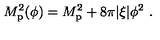
M _ { \mathrm { p } } ^ { 2 } ( \phi ) = M _ { \mathrm { p } } ^ { 2 } + 8 \pi | \xi | \phi ^ { 2 } \ .